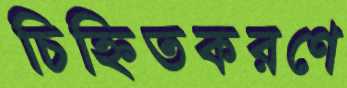
চিহ্নিতকরণে